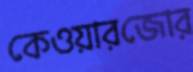
কেওয়ারজোর